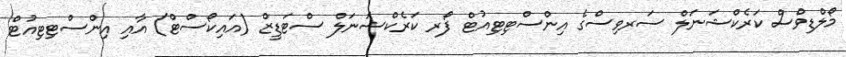
މޯލްޑިވްސް ކަރެކްޝަނަލް ސަރވިސްގެ އިންސްޓިޓިއުޓް ފޯރ ކަރެކްޝަނަލް ސްޓަޑީޒް (އައިކޯސްޓް) އާއި އިންސްޓިޓިއުޓް